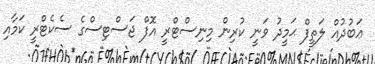
ޢަބުދުއް ލަތީފް ޙަމީދު ވަނީ ކުރިން މިނިސްޓްރީ އޮފް ޖަސްޓިސްގެ ސެކެޓްރީ ކަމާއި